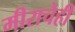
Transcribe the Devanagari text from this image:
मीराचेही